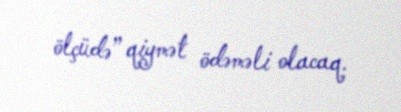
ölçüdə” qiymət ödəməli olacaq.